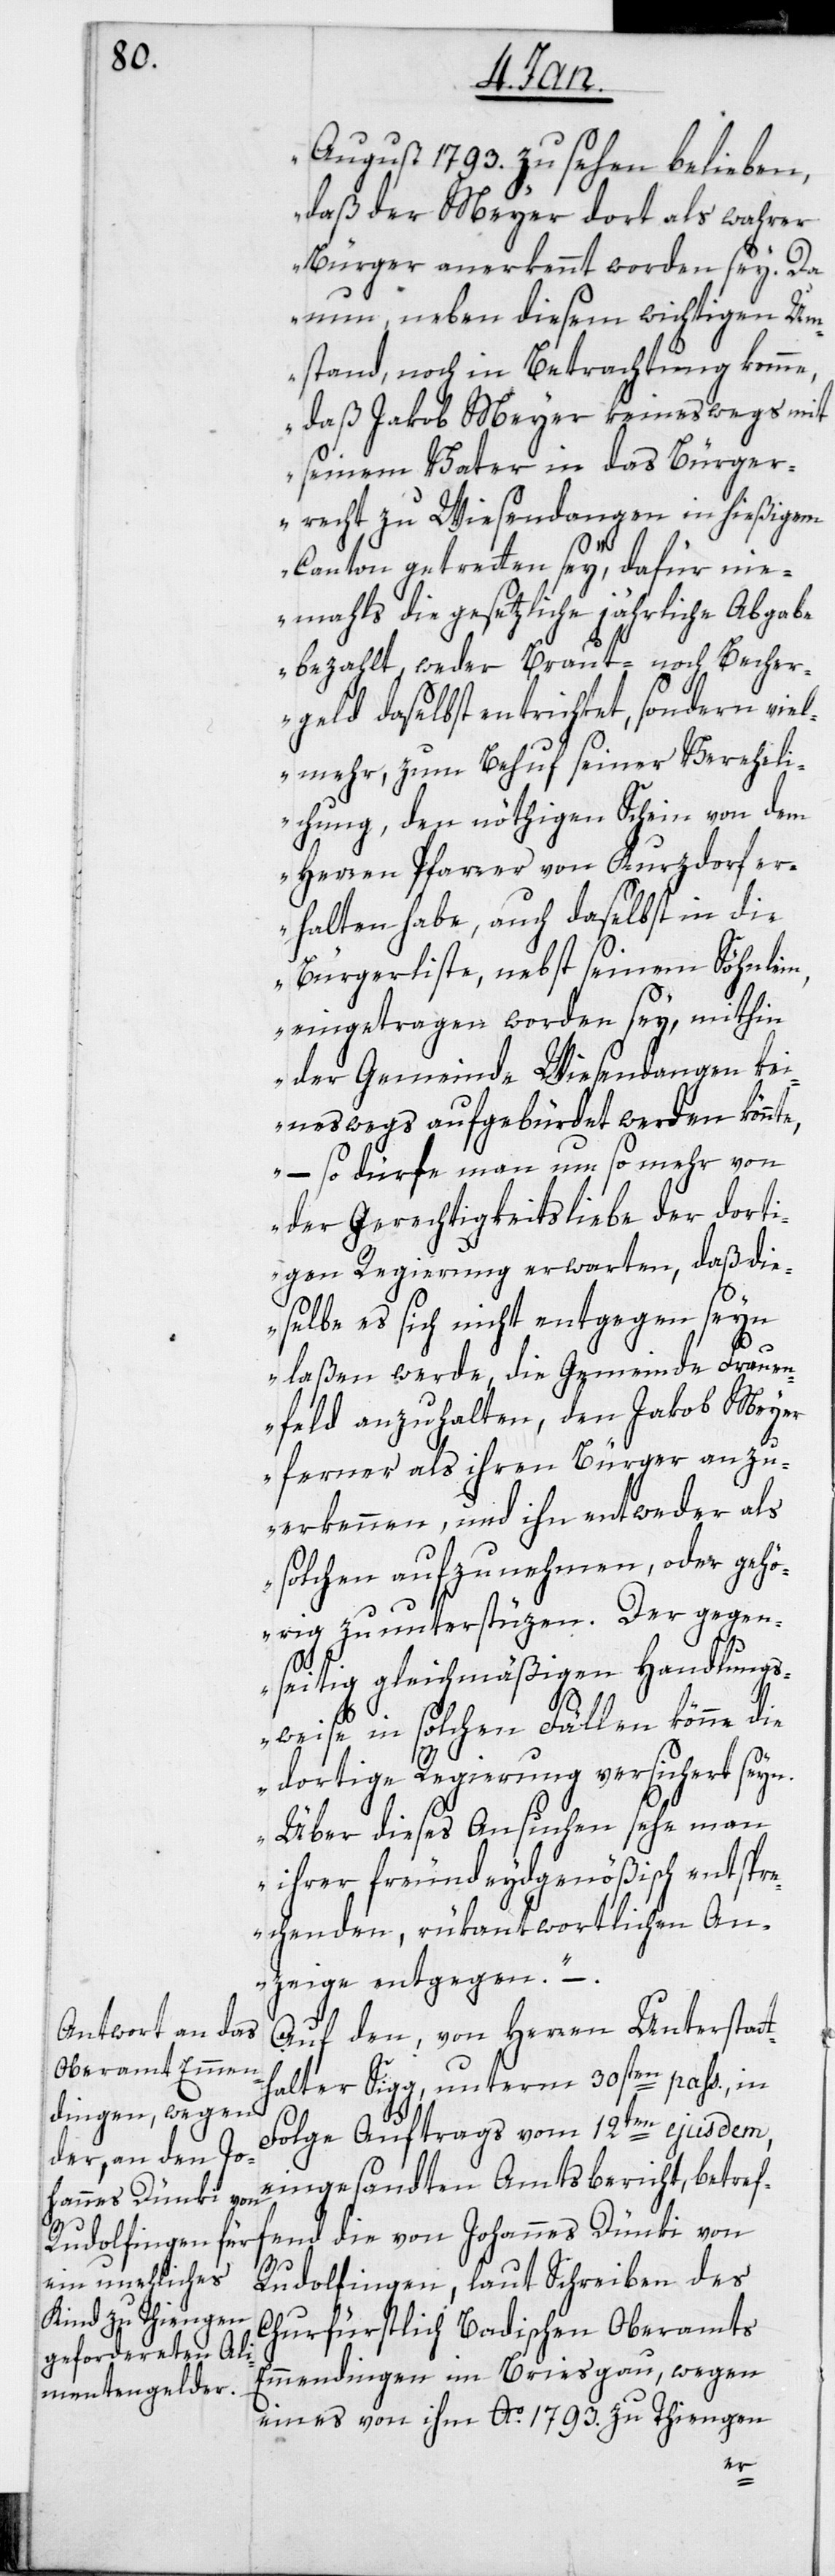
August 1793. zu sehen belieben,
daß der Meyer dort als wahrer
Bürger anerkennt worden sey. Da
nun, neben diesem wichtigen Um¬
stand, noch in Betrachtung komme,
daß Jakob Meyer keineswegs mit
seinem Vater in das Bürger¬
recht zu Wiesendangen in hießigem
Canton getretten sey, dafür nie¬
mahls die gesetzliche jährliche Abgabe
bezahlt, weder Braut- noch Becher¬
geld daselbst entrichtet, sondern viel¬
mehr, zum Behuf seiner Vereheli¬
chung, den nöthigen Schein von dem
Herren Pfarrer von Kurzdorf er¬
halten habe, auch daselbst in die
Bürgerliste, nebst seinem Söhnlein,
eingetragen worden sey, mithin
der Gemeinde Wiesendangen ke¬
ineswegs aufgebürdet werden könnt¬
e, – so dürfe man um so mehr von
der Gerechtigkeitsliebe der dorti¬
gen Regierung erwarten, daß die¬
selbe es sich nicht entgegen seyn
laßen werde, die Gemeinde Fraue¬
nfeld anzuhalten, den Jakob Meye¬
r ferner als ihren Bürger anzu¬
erkennen, und ihn entweder als
solchen aufzunehmen oder gehö¬
rig zu unterstüzen. Der gegen¬
th¬
seitig gleichmäßigen Handlungs¬
weise in solchen Fällen könne
dortige Regierung versichert seyn.
Über dieses Ansuchen sehe man
ihrer freundeydgenößisch entspr¬
echenden, rükantwortlichen An¬
zeige entgegen.“ –
Auf den, von Herren Unterstat¬
alter Sigg, unterm 30sten pass., in
Folge Auftrags vom 12ten ejusdem,
eingesandten Amtsbericht, betref¬
fend die von Johannes Dünki von
Rudolfingen, laut Schreiben des
Churfürstlich Badischen Oberamts
Emmendingen im Breisgau, wegen
eines von ihm Ao. 1793. zu Thiengen